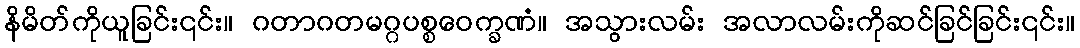
နိမိတ်ကိုယူခြင်း၎င်း။ ဂတာဂတမဂ္ဂပစ္စဝေက္ခဏံ။ အသွားလမ်း အလာလမ်းကိုဆင်ခြင်ခြင်း၎င်း။